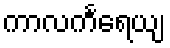
ကာလင်္ကရေယျ